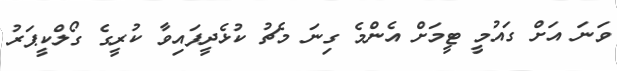
ވަނަ އަށް ގައުމީ ޓީމަށް އެންމެ ގިނަ މެޗު ކުޅެދީފައިވާ ކުރީގެ ގޯލްކީޕަރު